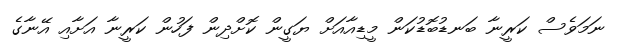
ނަމަވެސް ކަރީނާ ބަނޑުބޮޑުކަން މީޑިއާއަށް ޔަގީން ކޮށްދިން ފަހުން ކަރީނާ އަށާއި އޭނާގެ